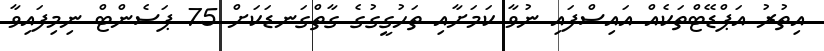
އިތުރު އަޕްޑޭޓްތަކެއް އައިސްފައި ނުވާ ކަމަށާއި ތަހުގީގުގެ ގާތްގަނޑަކަށް 75 ޕަސެންޓް ނިމިފައިވާ